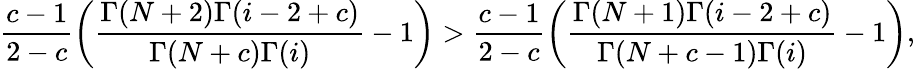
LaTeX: \frac{c-1}{2-c}\left(\frac{\Gamma(N+2)\Gamma(i-2+c)}{\Gamma(N+c)\Gamma(i)}-1\right)>\frac{c-1}{2-c}\left(\frac{\Gamma(N+1)\Gamma(i-2+c)}{\Gamma(N+c-1)\Gamma(i)}-1\right),